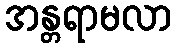
အန္တရာမလာ